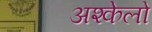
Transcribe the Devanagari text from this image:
अश्केलो